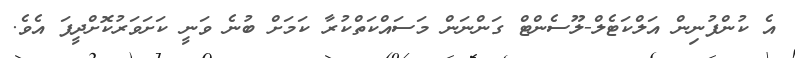
އެ ކުންފުނިން އަލްކަޓެލް-ލޫސެންޓް ގަންނަން މަސައްކަތްކުރާ ކަމަށް ބުނެ ވަނީ ކަށަވަރުކޮށްދީފަ އެވެ.